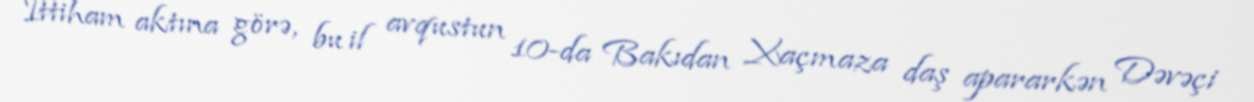
İttiham aktına görə, bu il avqustun 10-da Bakıdan Xaçmaza daş apararkən Dəvəçi